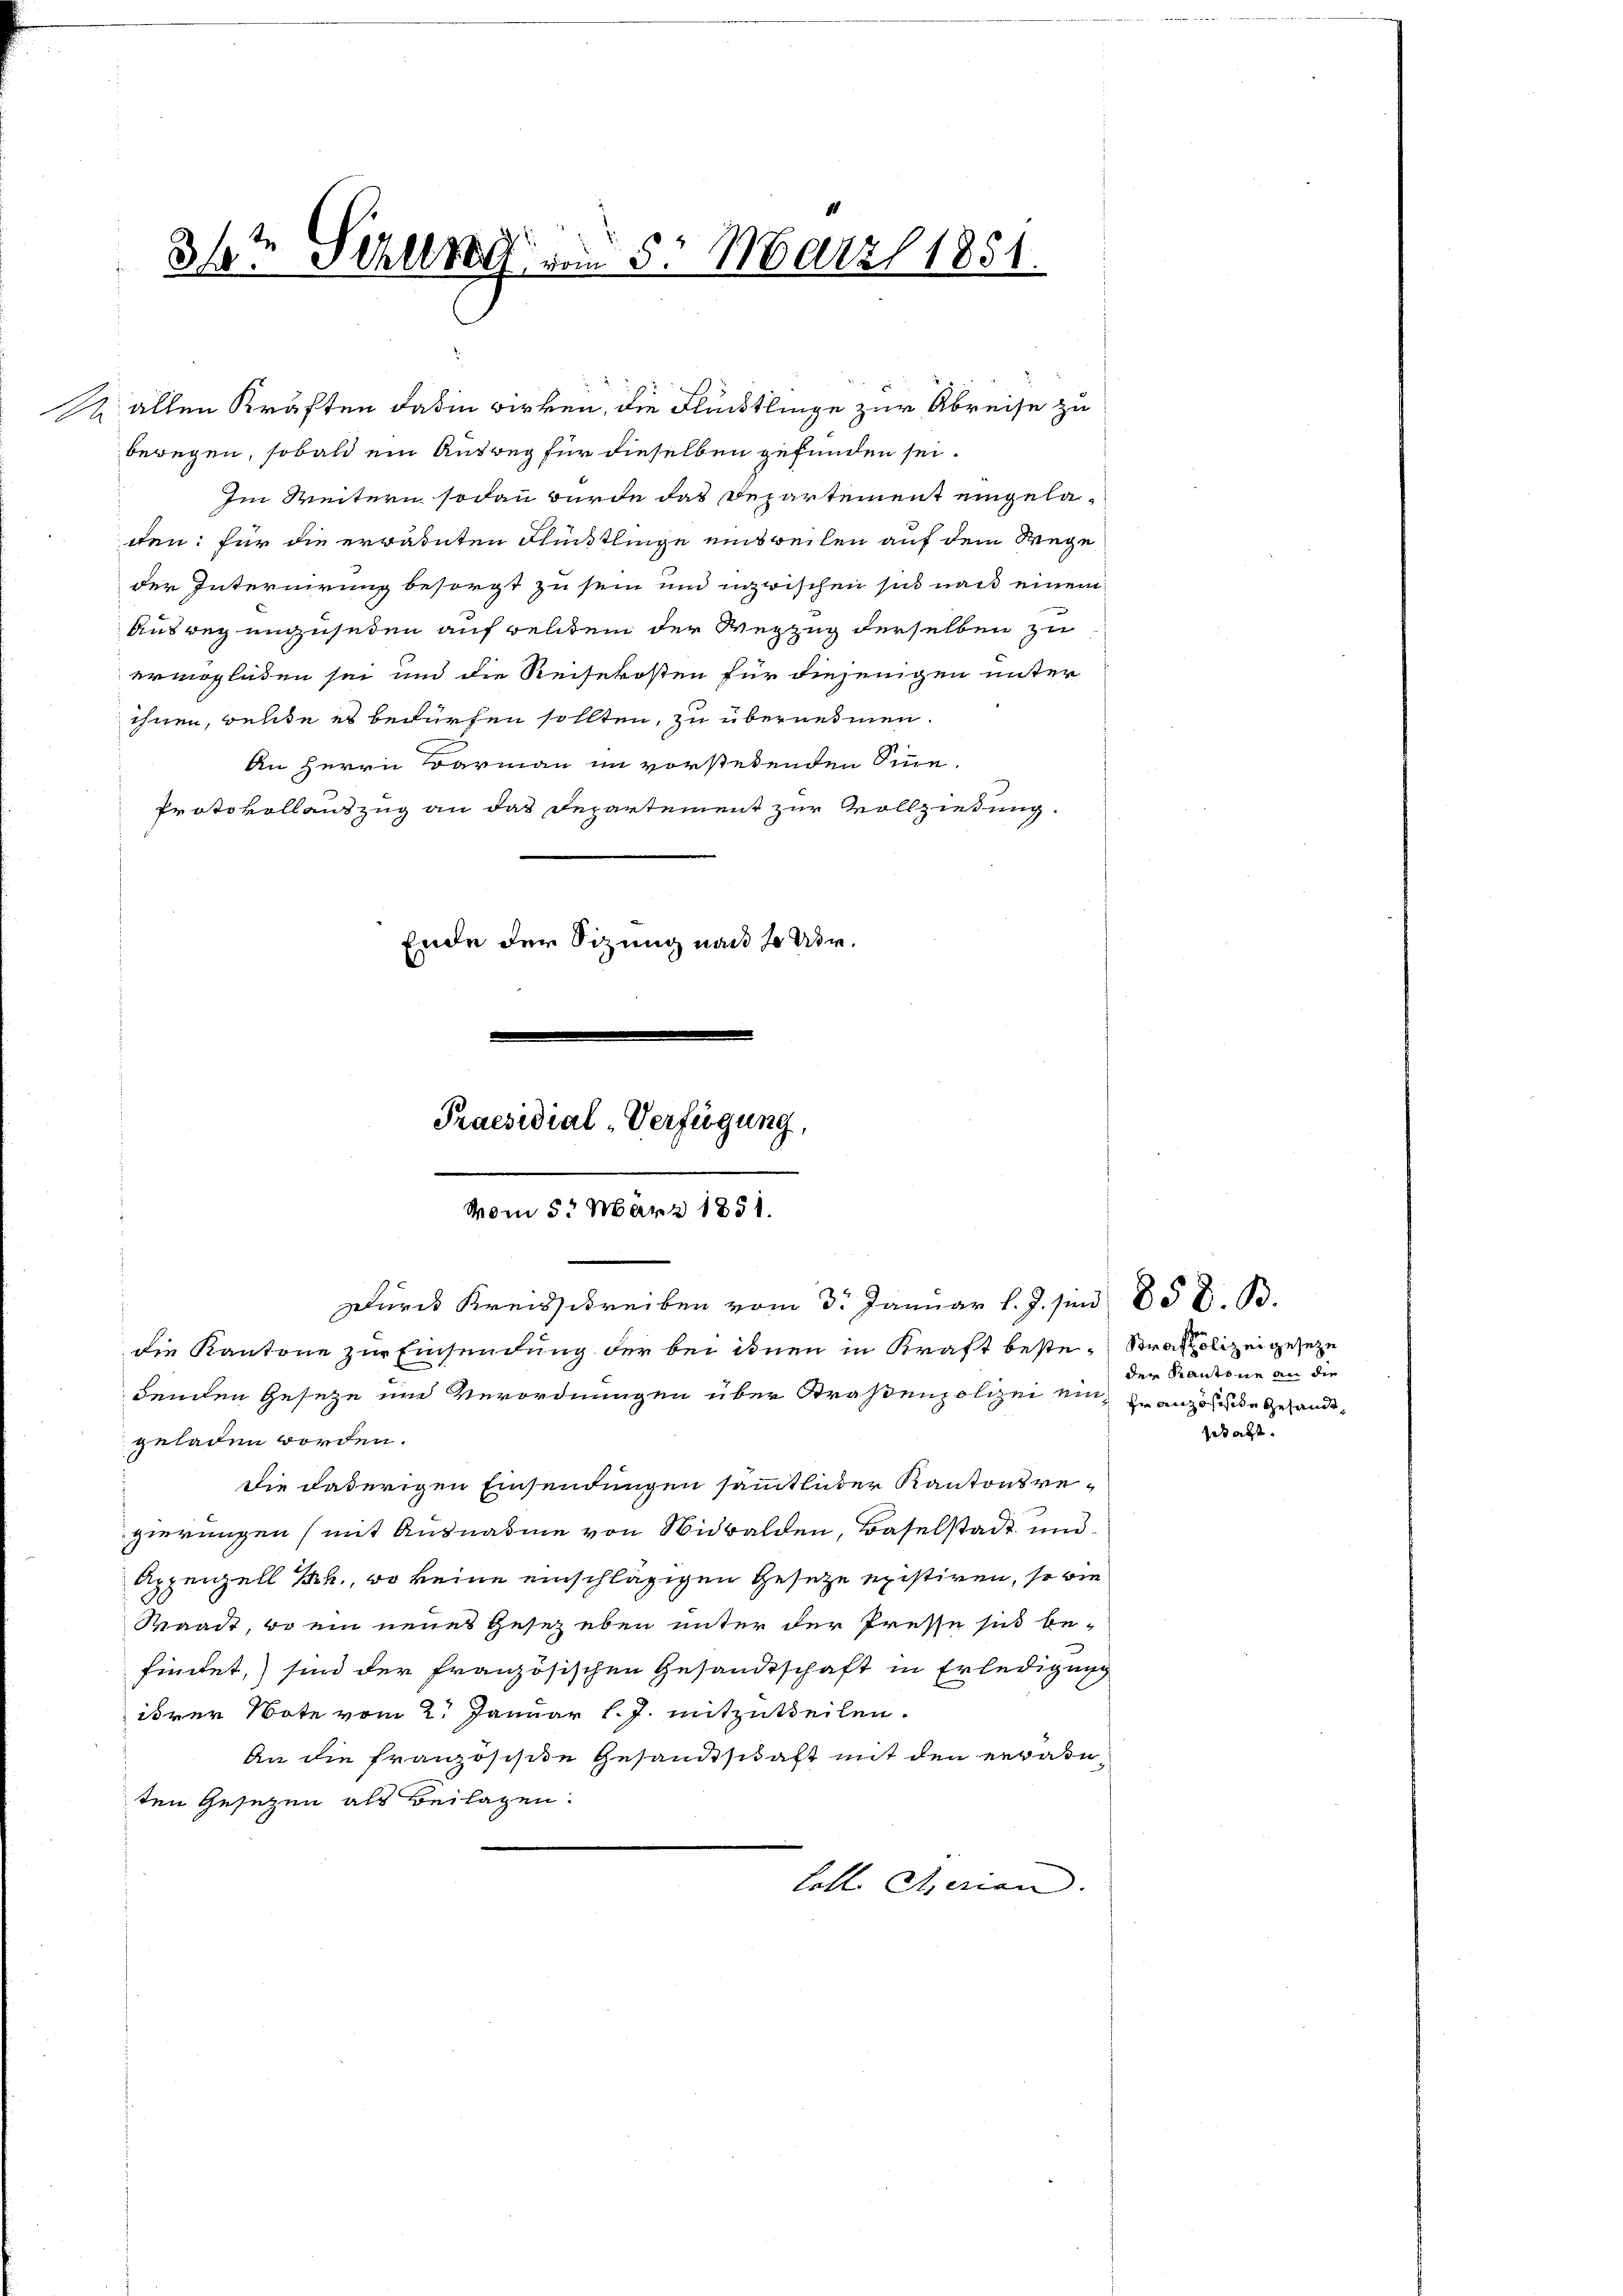
12 allen Kräften daß in wirken, die Flüchtlinge zur Abreise zu
bewegen, sobald ein Ausweg für dieselben gefunden sei.
Im Weitern sodann wurde das Departement eingelaten: für die erwähnten Fürstlinge einsweilen auf dem Wege
der Internirung besorgt zu sein und inzwischen sich nach einem
Ausweg unzusehen auf weldtem der Wegzug derselben zu
ermöglichen sei und die Reisekosten für diejenigen unter
ihnen, welte es bedürfen sollten, zu übernehmen.
An Herrn Darmann im vorstehenden Sine-
Protokollauszug an das Departement zur Vollziedung.
Ende der Sitzung nach so vor¬

31te Schler von 5. März 1851.
.

Praesidial-Verfügung,
vom 5. März 1851.

die Kantone zur Einsendung der bei ihnen in Kraft beste-Straspolizei geseze
denden Geseze und Verordnungen über Straßenpolizei ein Französe Gesandtgeladen worden.
Die daherigen Einsendungen sämmtlicher Kantonsregierungen (mit Ausnahme von Nidwalden, Baselstadt und
Appenzell Rh., wo keine einschlägigen Gesetze existiren, so wie
Waadt, er ein neues Gesez eben unter der Presse sie be-
findet, sind der französischen Gesandtschaft in Erledigung
ihrer Note vom 2. Januar l. J. mitzutheilen.
An die französisite Gesandtschaft mit den erwadeten Gesetzen als Beilagen:
Loll Serian.

Durch Kreisschreiben vom 3. Januar l. J. sn 85 S. B.

der Kantone an die
gesagt.